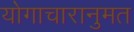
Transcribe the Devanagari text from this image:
योगाचारानुमत